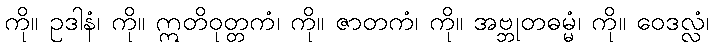
ကို။ ဥဒါနံ၊ ကို။ ဣတိဝုတ္တကံ၊ ကို။ ဇာတကံ၊ ကို။ အဗ္ဘုတဓမ္မံ၊ ကို။ ဝေဒလ္လံ၊